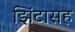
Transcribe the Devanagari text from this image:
झिंटासह